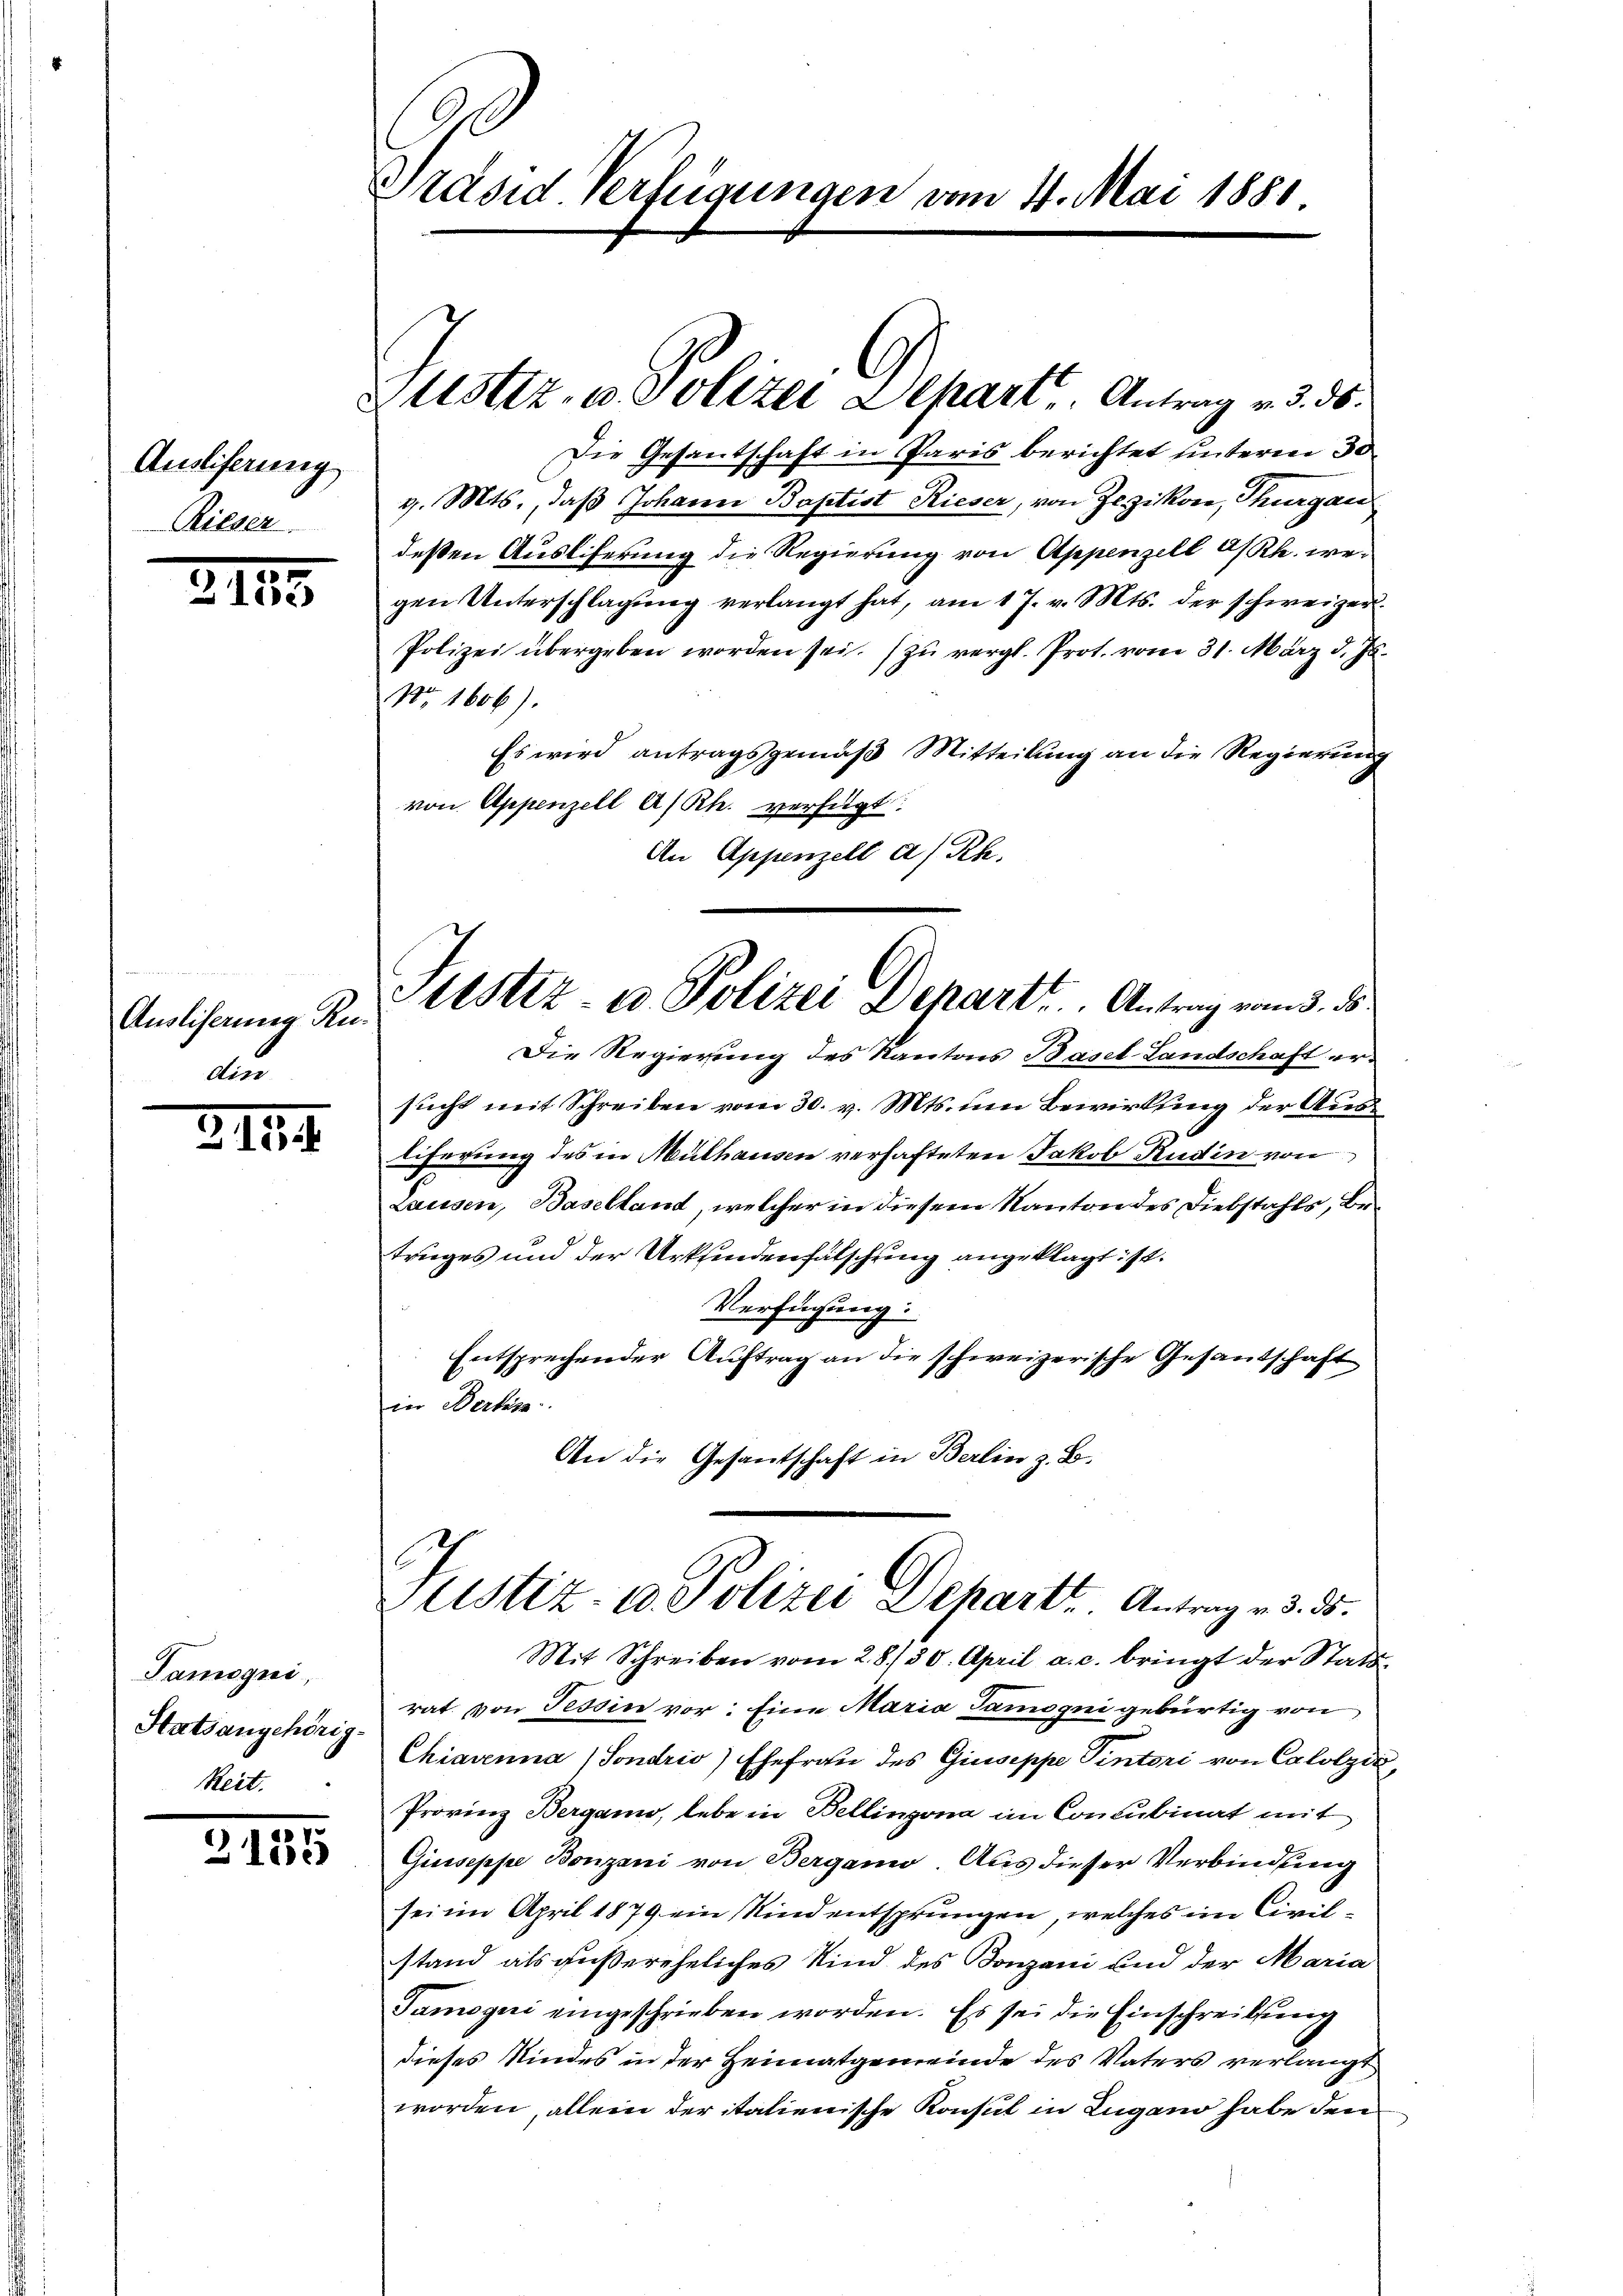
Ausliferung
Rieser

311.

Auslisering Ruau

2.12.1

Tamoqui,
Statsangehörig-
Reit.

5
3155

Präsid Verfeigungen vom 4. Mai 1881

Justiz in Polizei Departe Antrag v. ds.

Die Gesantschaft in Paris berichtet unterm 30
g. Mts., daß Johann Baptist Rieser, von Jezikon, Thurgau
deßen Ausliferung die Regierung von Appenzell a/Rh. wegen Unterschlagung verlangt hat, am 17. v. Mts. der schweizer¬
Polizei übergeben worden sei. (zu vergl. Prot. vom 31. März d. Js.
Nr. 1606).
Es wird antragsgemäß Mitteilung an die Regierung
von Appenzell A/Rh. verfügt:
An Appenzell a/Rh.
Die Regierung des Kantons Basel-Landschaft ersucht mit Schreiben vom 30. v. Mts. um Bewirkung der Ausliferung des in Mülhausen verhafteten Jakob Rüdin von
Lausen, Baselland, welcher in diesem Kanton des Diebstahls, Betrieges und der Urkfindenfälschung angeklagt ist.
Verfügung:
Entsprechender Auftrag an die schweizerische Gesantschaft
in Bertra
An die Gesantschaft in Berlin z. B.
ustiz- u. Polizei Depart Antrag v. 3. ds.
Mit Schreiben vom 28./30. April a. c. bringt der Stattrat von Tessin vor: Eine Maria Tammogni gebürtig von
Chiavenna (Sondrio) Ehefrau des Giuseppe Vintori von Calolydi
Provinz Bergann, lebe in Bellinzona im Concubinat mit
Giuseppe Bonzoni von Bergani. Aus dieser Verbindung
sei im April 1879 ein Kind entsprungen, welches ein Civilstand als gußereheliches Kind des Bonzoni und der Maria
Tamogni eingeschrieben worden. Es sei die Einschreibung
dieses Kindes in der Heimatgemeinde des Vaters verlangt
worden, allein der italienische Konsul in Lugano habe den

Stestiz- & Polizei Depart . . . .  Antrag vom 3. 5